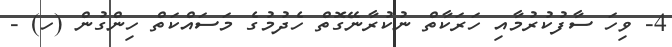
4- ވިހަ ސާފުކުރުމާއި ހަރަކާތް ނުކުރާނޭގޮތް ހެދުމުގެ މަސައްކަތް ހިންގުން (ހ) -